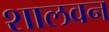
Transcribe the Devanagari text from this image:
शालवन